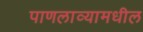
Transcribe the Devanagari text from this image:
पाणलाव्यामधील